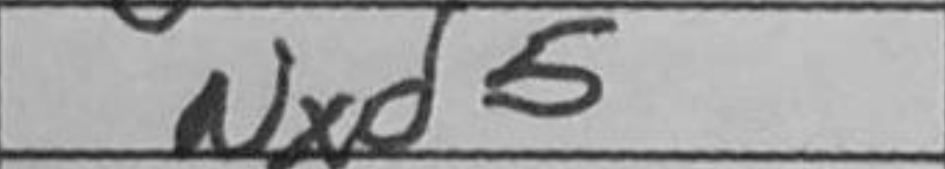
Transcription: Nxd5